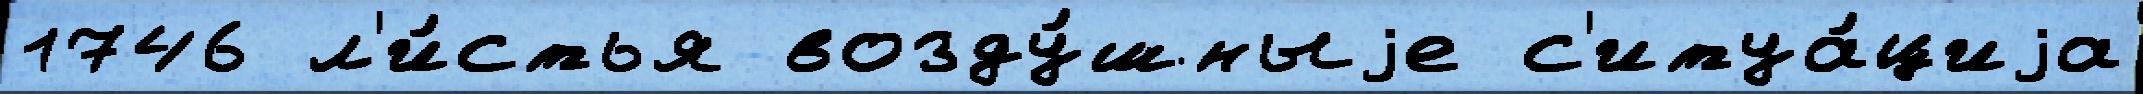
1746 л'и́стья возду́шныjе с'итуа́циjа